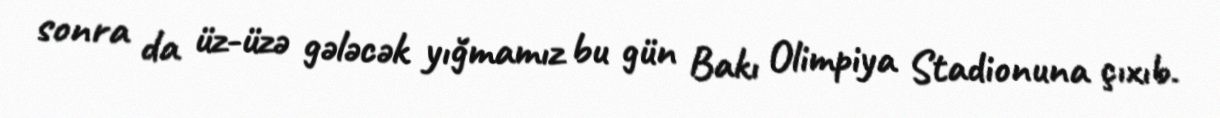
sonra da üz-üzə gələcək yığmamız bu gün Bakı Olimpiya Stadionuna çıxıb.